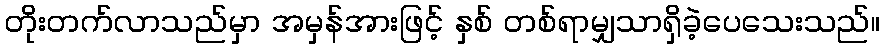
တိုးတက်လာသည်မှာ အမှန်အားဖြင့် နှစ် တစ်ရာမျှသာရှိခဲ့ပေသေးသည်။